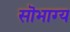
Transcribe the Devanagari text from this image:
सॊभाग्य